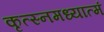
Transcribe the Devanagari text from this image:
कृत्स्नमध्यात्मं